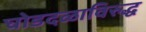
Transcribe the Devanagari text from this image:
घोडदळाविरुद्ध